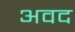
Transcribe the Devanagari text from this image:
अवद